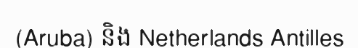
(Aruba) និង Netherlands Antilles